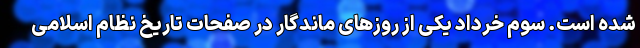
شده است. سوم خرداد یکی از روزهای ماندگار در صفحات تاریخ نظام اسلامی